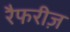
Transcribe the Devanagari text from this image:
रैफरीज़